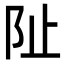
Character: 阯